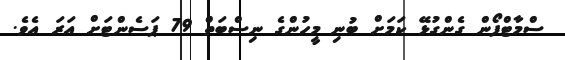
ސްމާޓްފޯން ގެންގުޅޭ ކަމަށް ބުނި މީހުންގެ ނިސްބަތް 79 ޕަސެންޓަށް އަރަ އެވެ.